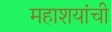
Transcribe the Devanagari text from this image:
महाशयांची